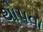
થોપવા